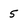
Character: 5